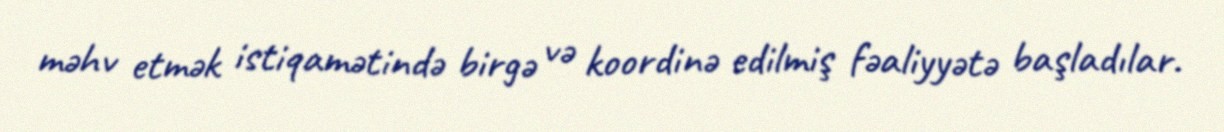
məhv etmək istiqamətində birgə və koordinə edilmiş fəaliyyətə başladılar.